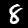
Digit: 8